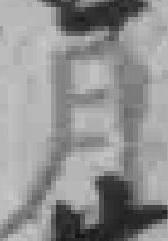
月